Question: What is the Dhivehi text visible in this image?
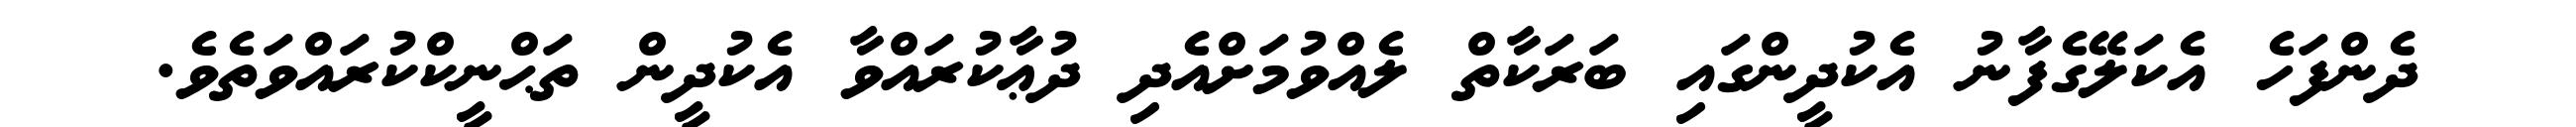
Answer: ދެންފަހެ އެކަލޭގެފާނު އެކުދީންގައި ބަރަކާތް ލެއްވުމަށްއެދި ދުޢާކުރައްވާ އެކުދީން ތަޙްނީކްކުރައްވަތެވެ.